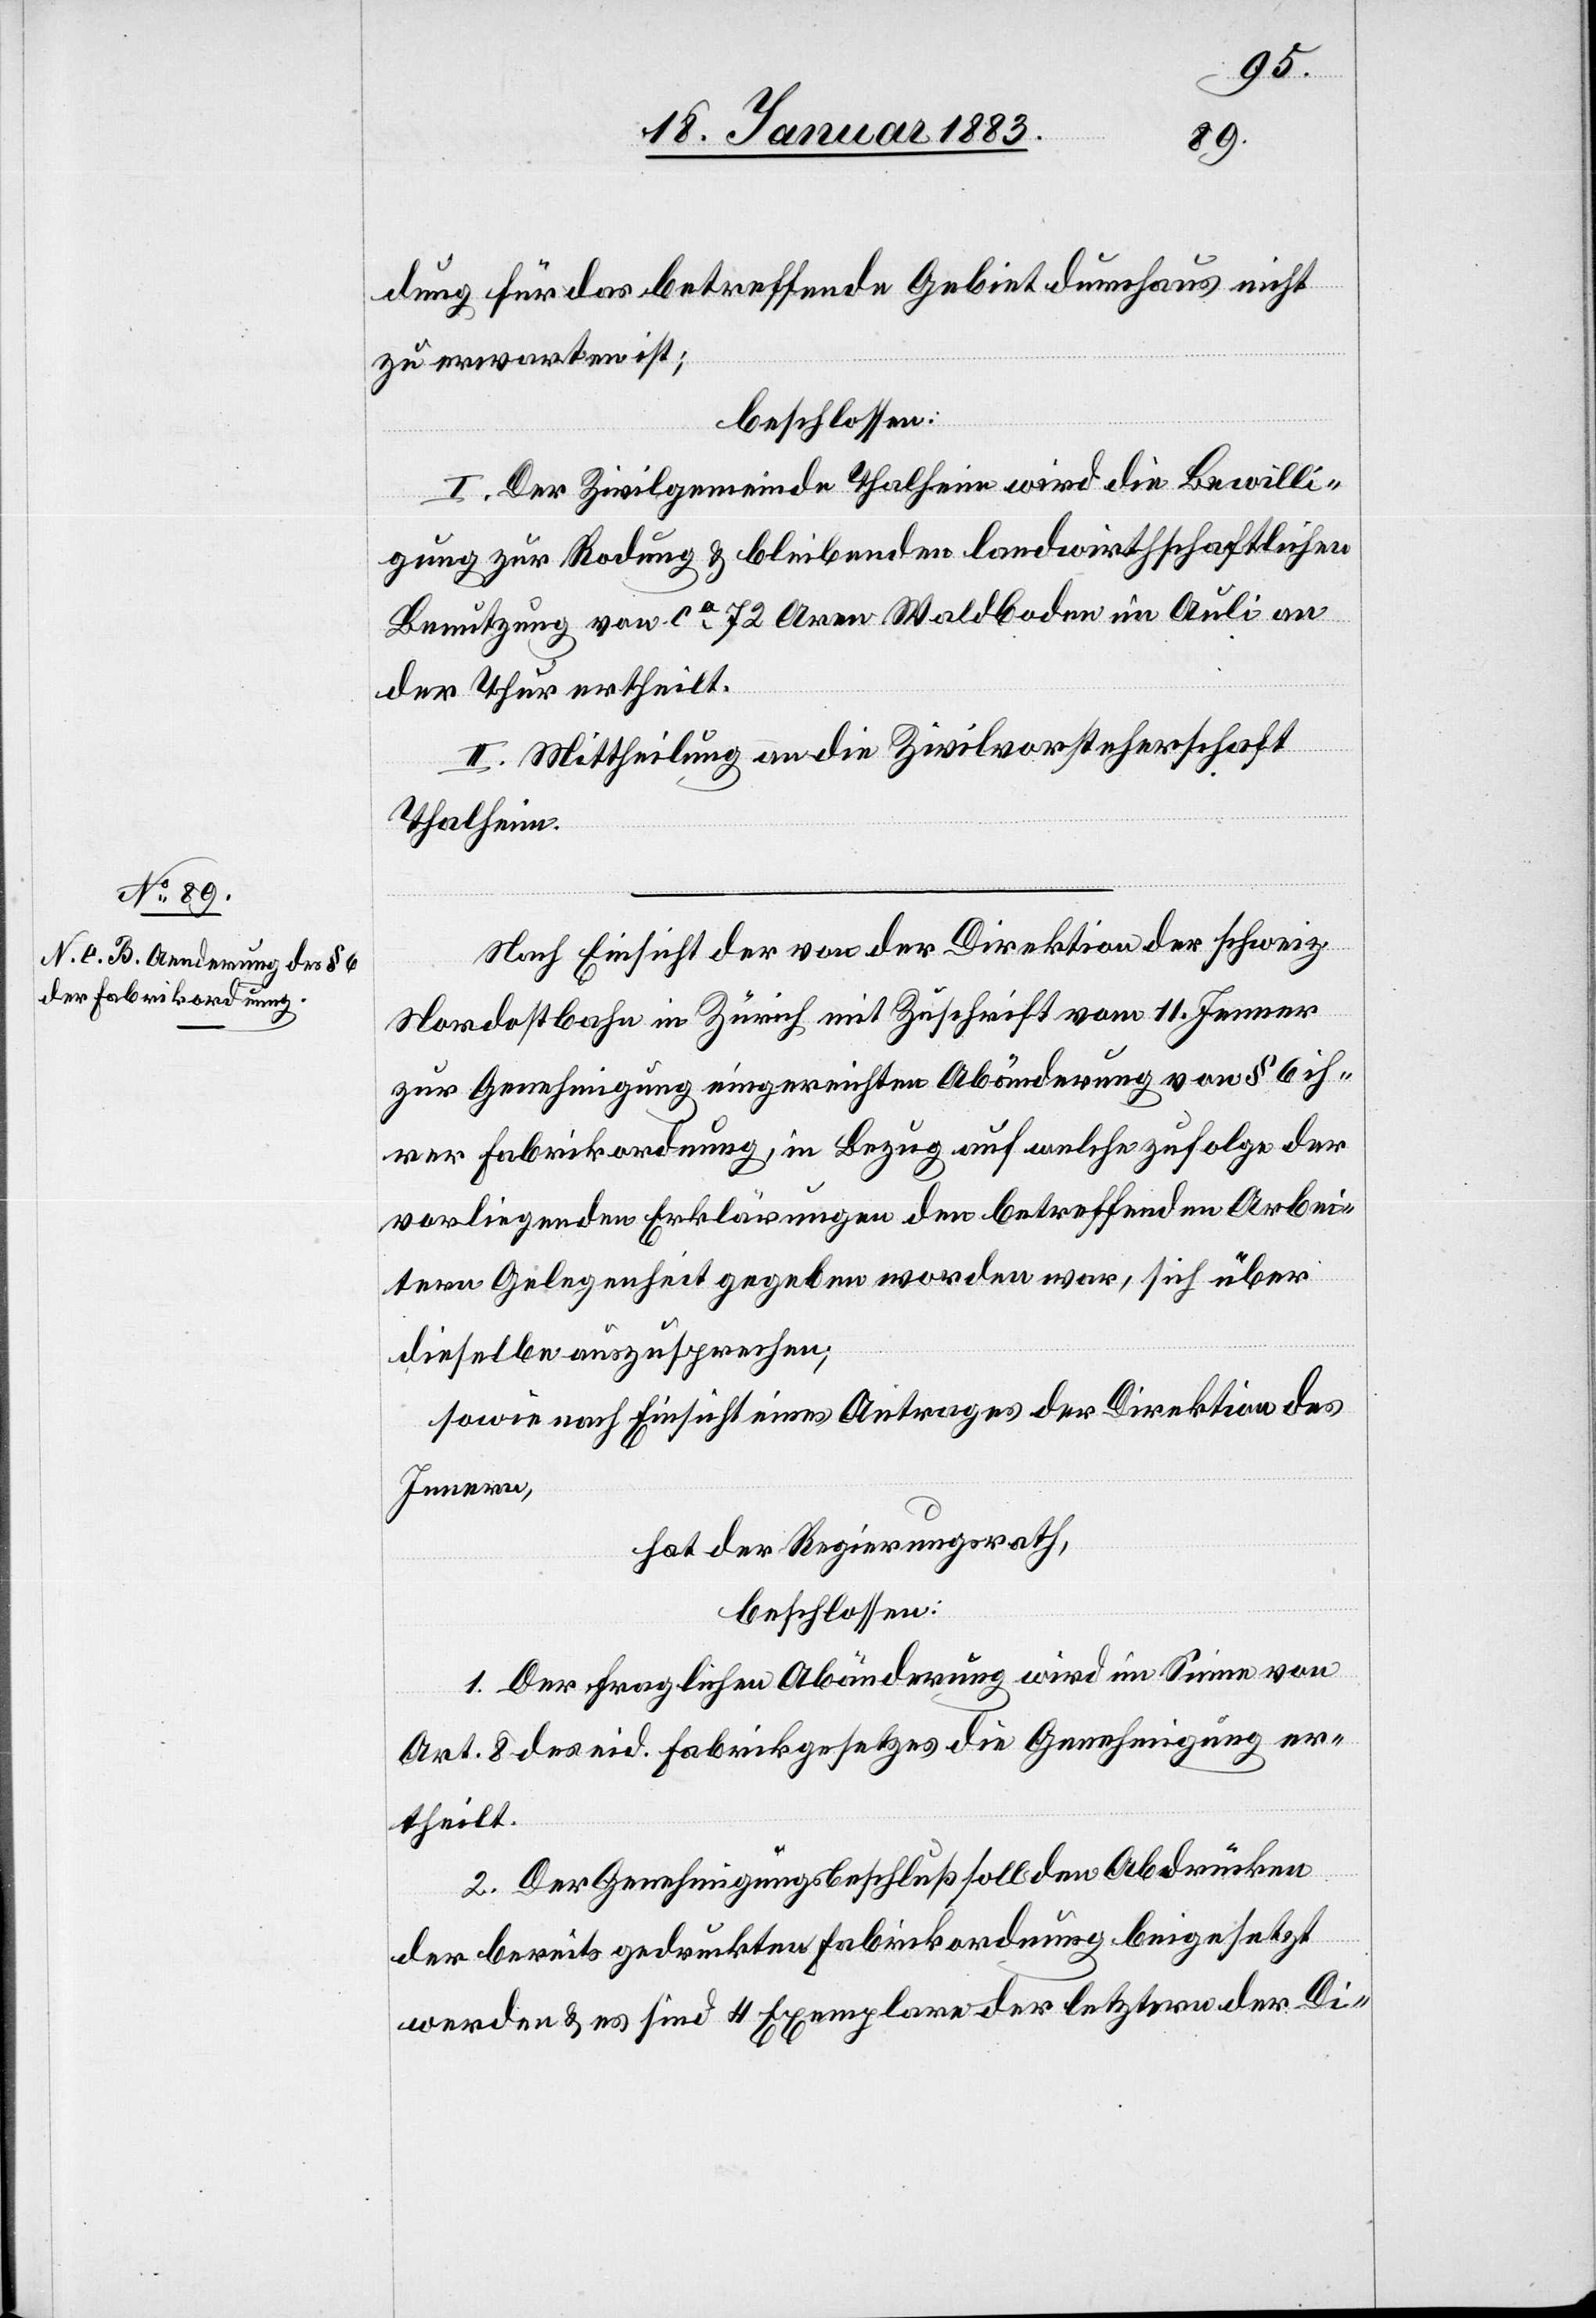
dung für das betreffende Gebiet durchaus nicht
zu erwarten ist;
beschlossen:
I. Der Zivilgemeinde Thalheim wird die Bewilli¬
gung zur Rodung & bleibenden landwirthschaftlichen
Benutzung von ca 72 Aren Waldboden im Auli an
der Thur ertheilt.
II. Mittheilung an die Zivilvorsteherschaft
Thalheim.
Nach Einsicht der von der Direktion der schweiz.
Nordostbahn in Zürich mit Zuschrift vom 11. Jenner
zur Genehmigung eingereichten Abänderung von § 6 ih¬
rer Fabrikordnung in Bezug auf welche zufolge der
vorliegenden Erklärungen den betreffenden Arbei¬
tern Gelegenheit gegeben worden war, sich über
dieselbe auszusprechen;
sowie nach Einsicht eines Antrages der Direktion des
Innern,
hat der Regierungsrath,
beschlossen:
1. Der fraglichen Abänderung wird im Sinne von
Art. 8 des eid. Fabrikgesetzes die Genehmigung er¬
theilt.
2. Der Genehmigungsbeschluß soll den Abdrücken
der bereits gedruckten Fabrikordnung beigesetzt
werden & es sind 4 Exemplare der letztern der Di-